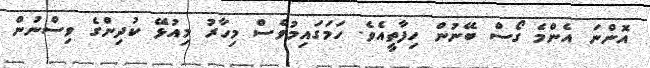
އޮންނަ އެންމެ ގޯސް ބޭނުން ހިފާތީއެވެ. ހަމަގައިމުވެސް މިހާރު މިއުޅޭ ކުދިންގެ ވިސްނުން